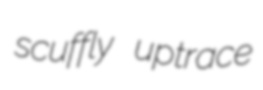
scuffly uptrace